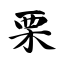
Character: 栗